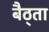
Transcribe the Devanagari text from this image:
बैठ्ता